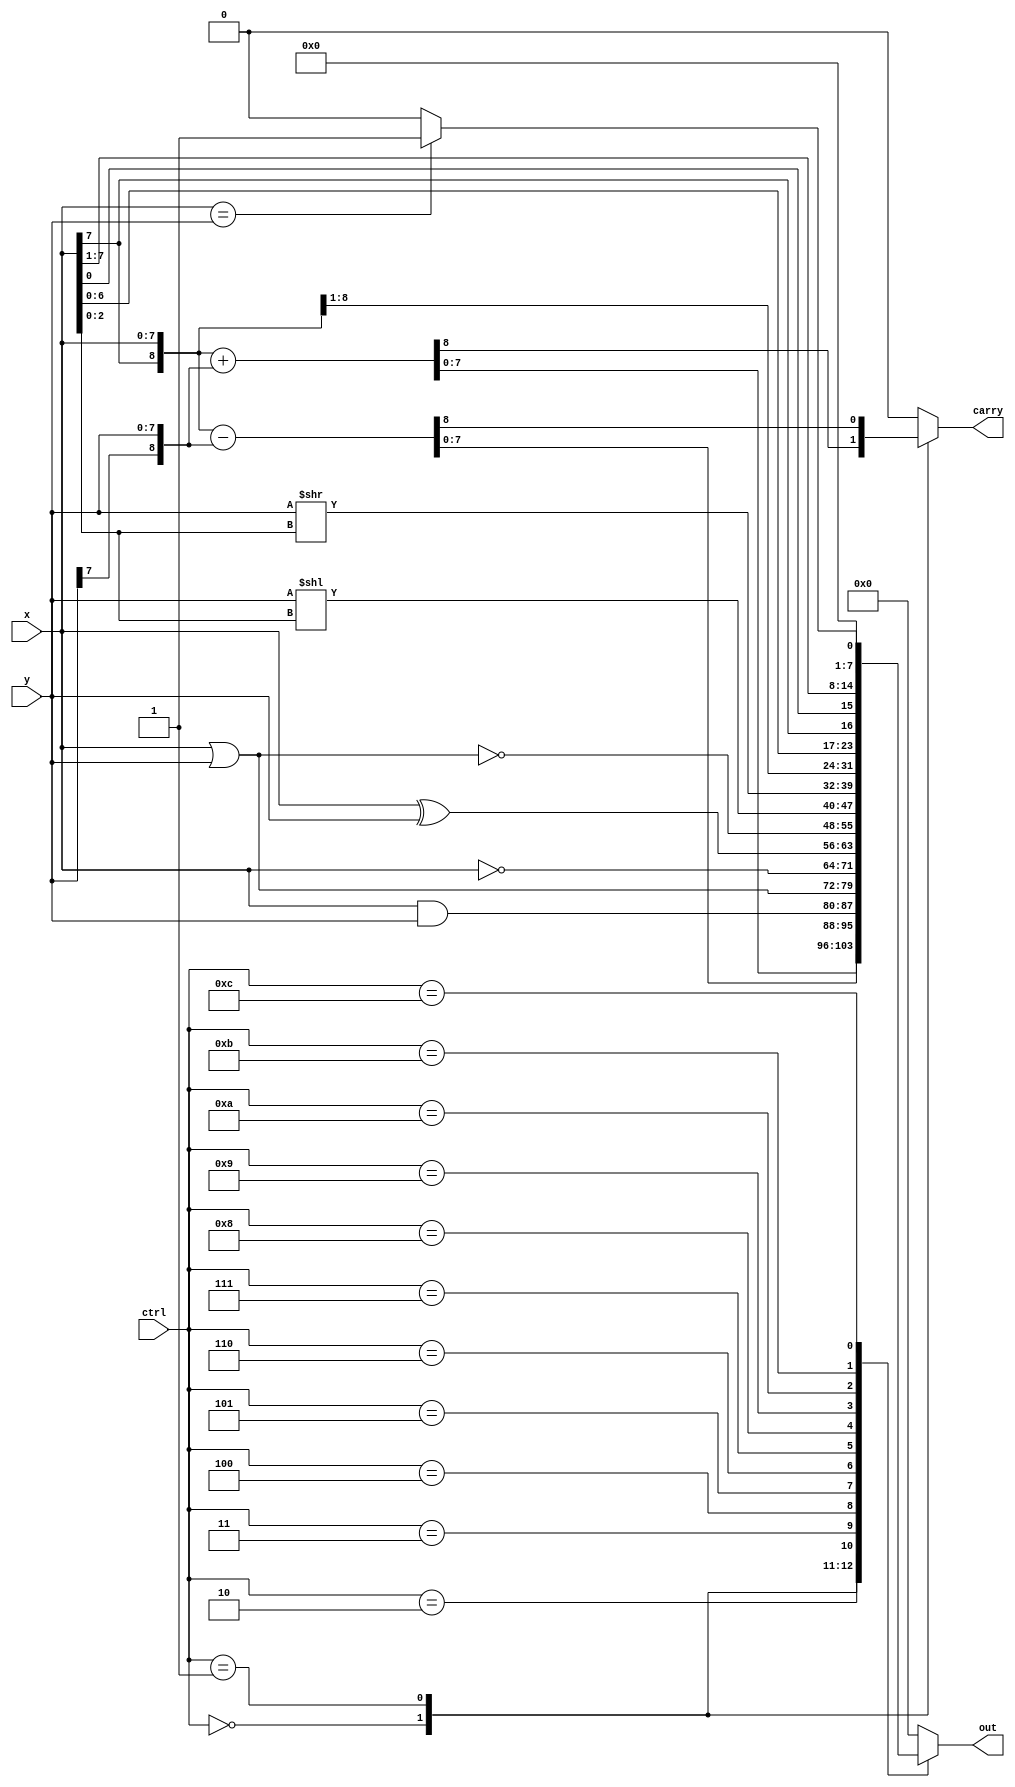
//RT Vlevel (event-driven) 
module alu_always(
    ctrl,
    x,
    y,
    carry,
    out 
);
    
    input  [3:0] ctrl;
    input  [7:0] x;
    input  [7:0] y;
    output reg      carry;
    output reg [7:0] out;
    //regs
    //reg [7:0] out_temp;


    parameter  ADD    =4'd0;
    parameter  SUB    =4'd1;
    parameter  BITAND =4'd2;
    parameter  BITOR  =4'd3;
    parameter  BITNOT =4'd4;
    parameter  BITXOR =4'd5;
    parameter  BITNOR =4'd6;
    parameter  SRL    =4'd7;
    parameter  SRR    =4'd8;
    parameter  SRA    =4'd9;
    parameter  RL     =4'd10;
    parameter  RR     =4'd11;
    parameter  EQ     =4'd12;
    always @(*) begin
        case(ctrl)
        //  ADD:     {carry,out}=x+y;//{carry,out } 9 b
        //  SUB:     {carry,out}=x-y;
         ADD: begin 
          
           {carry,out}={x[7],x}+{y[7],y};
         end
         SUB:begin
            {carry,out}={x[7],x}-{y[7],y};
         end
         BITAND:  begin 
                  out        =x & y;
                  carry      =1'b0;
         end
         BITOR:    begin 
                  out        =x | y;
                  carry      =1'b0;
         end
         BITNOT:  begin
                  out        =~x;
                  carry      =1'b0;
         end
         BITXOR: begin 
                  out        =x ^ y;
                  carry      =1'b0;
         end
         BITNOR: begin 
                  out        =~(x | y);
                  carry      =1'b0;
         end
         SRL:    begin
                  out        =y<<x[2:0];
                  carry      =1'b0;
         end
         SRR:     begin
                  out        =y>>x[2:0];
                  carry      =1'b0;
         end
         SRA:     begin
                  out        ={x[7],x[7:1]};
                  carry      =1'b0;
         end
         RL:      begin
                  out        ={x[6:0],x[7]};
                  carry      =1'b0;
         end
         RR:      begin
                  out        ={x[0],x[7:1]};
                  carry      =1'b0;
         end
         EQ:      begin 
                  out        =(x==y)?8'd1:8'd0;
                  carry      =1'b0;
         end
         default: begin
                  out        =8'b0;
                  carry      =1'b0;
         end
        endcase
    end

endmodule